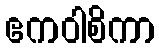
ဧကဝါစိကာ